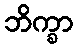
ဘိက္ခာ